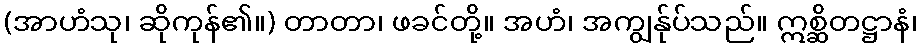
(အာဟံသု၊ ဆိုကုန်၏။) တာတာ၊ ဖခင်တို့။ အဟံ၊ အကျွန်ုပ်သည်။ ဣစ္ဆိတဋ္ဌာနံ၊